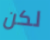
لكن